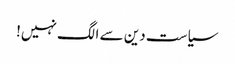
سیاست دین سے الگ نہیں!